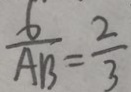
\frac { 6 } { A B } = \frac { 2 } { 3 }